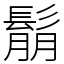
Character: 鬅